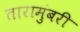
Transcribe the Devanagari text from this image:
तारामुंबरी